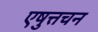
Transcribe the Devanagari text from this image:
एषुत्तचन